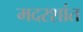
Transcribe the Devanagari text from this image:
मदरशांत